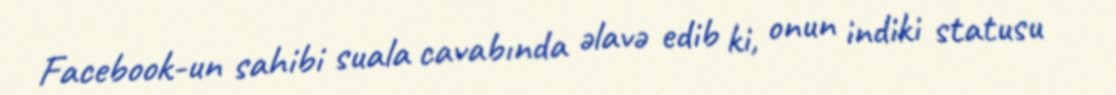
Facebook-un sahibi suala cavabında əlavə edib ki, onun indiki statusu